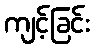
ကျင့်ခြင်း